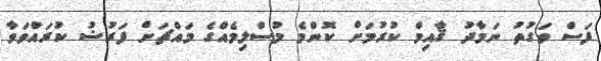
ފަސް ވަގުތު ނަމާދު ޤާއިމް ކުރުމަށް ކޮންމެ މުސްލިމެއްގެ މައްޗަށް ފަރުޟު ކުރައްވަވާ